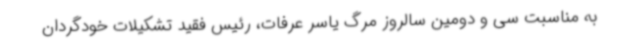
به مناسبت سی و دومین سالروز مرگ یاسر عرفات، رئیس فقید تشکیلات خودگردان